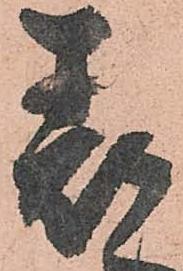
表